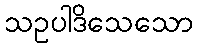
သဥပါဒိသေသော